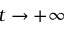
t \rightarrow + \infty